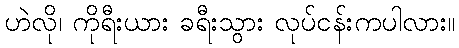
ဟဲလို၊ ကိုရီးယား ခရီးသွား လုပ်ငန်းကပါလား။